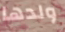
ولدها